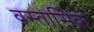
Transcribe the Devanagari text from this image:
वस्तासिक